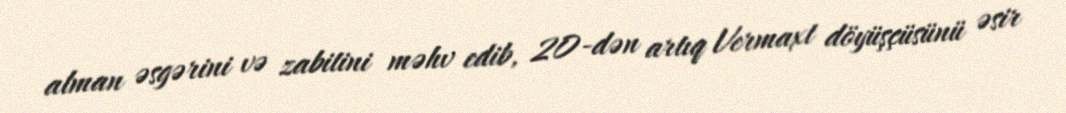
alman əsgərini və zabitini məhv edib, 20-dən artıq Vermaxt döyüşçüsünü əsir